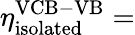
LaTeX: \eta_{\mathrm{isolated}}^{\mathrm{VCB-VB}}=